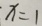
x = 1